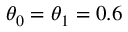
\theta _ { 0 } = \theta _ { 1 } = 0 . 6